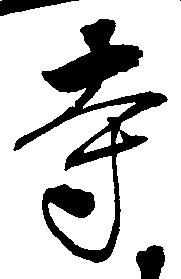
寺